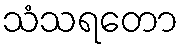
သံသရတော